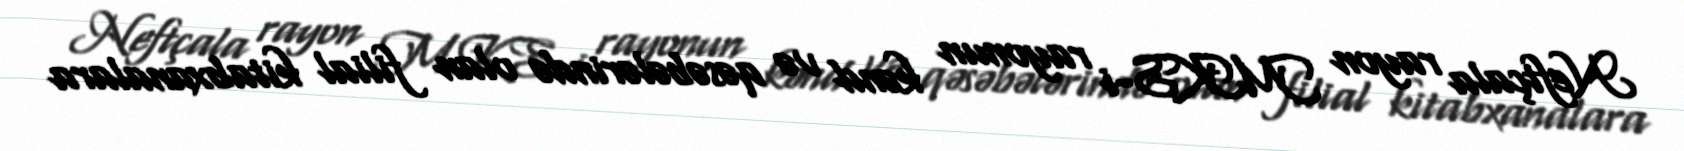
Neftçala rayon MKS-i rayonun kənd və qəsəbələrində olan filial kitabxanalara